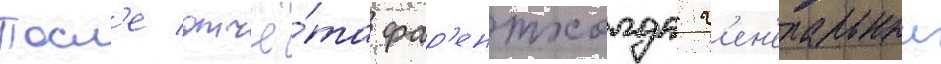
Посл'е отчё́та фар'ентхолда г'ен'еральныи